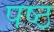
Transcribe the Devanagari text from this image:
पष्ठ